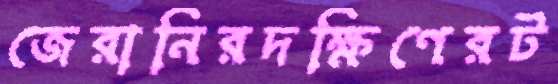
জেরানিরদক্ষিণেরট